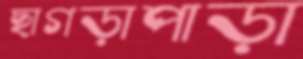
ছাগড়াপাড়া